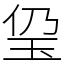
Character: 㺱